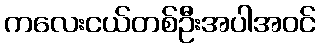
ကလေးငယ်တစ်ဦးအပါအဝင်